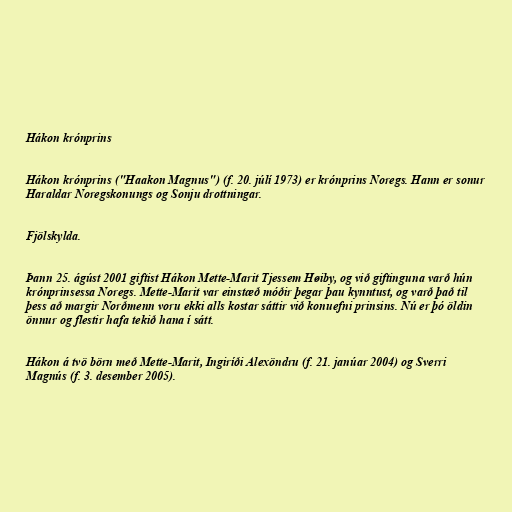
Hákon krónprins

Hákon krónprins ("Haakon Magnus") (f. 20. júlí 1973) er krónprins Noregs. Hann er sonur
Haraldar Noregskonungs og Sonju drottningar.

Fjölskylda.

Þann 25. ágúst 2001 giftist Hákon Mette-Marit Tjessem Høiby, og við giftinguna varð hún
krónprinsessa Noregs. Mette-Marit var einstæð móðir þegar þau kynntust, og varð það til
þess að margir Norðmenn voru ekki alls kostar sáttir við konuefni prinsins. Nú er þó öldin
önnur og flestir hafa tekið hana í sátt.

Hákon á tvö börn með Mette-Marit, Ingiríði Alexöndru (f. 21. janúar 2004) og Sverri
Magnús (f. 3. desember 2005).